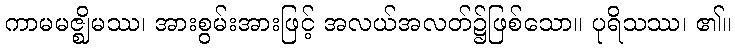
ကာမမဇ္ဈိမဿ၊ အားစွမ်းအားဖြင့် အလယ်အလတ်၌ဖြစ်သော။ ပုရိသဿ၊ ၏။